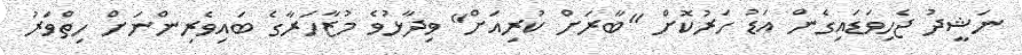
ނަޝީދު ޖެހިވަޑައިގެން އަޑު ހަރުކޮށް "ބާރަށް ކުރިއަށް" ވިދާޅުވެ މުޒާހަރާގެ ބައިވެރިންނަށް ހިތްވަރު